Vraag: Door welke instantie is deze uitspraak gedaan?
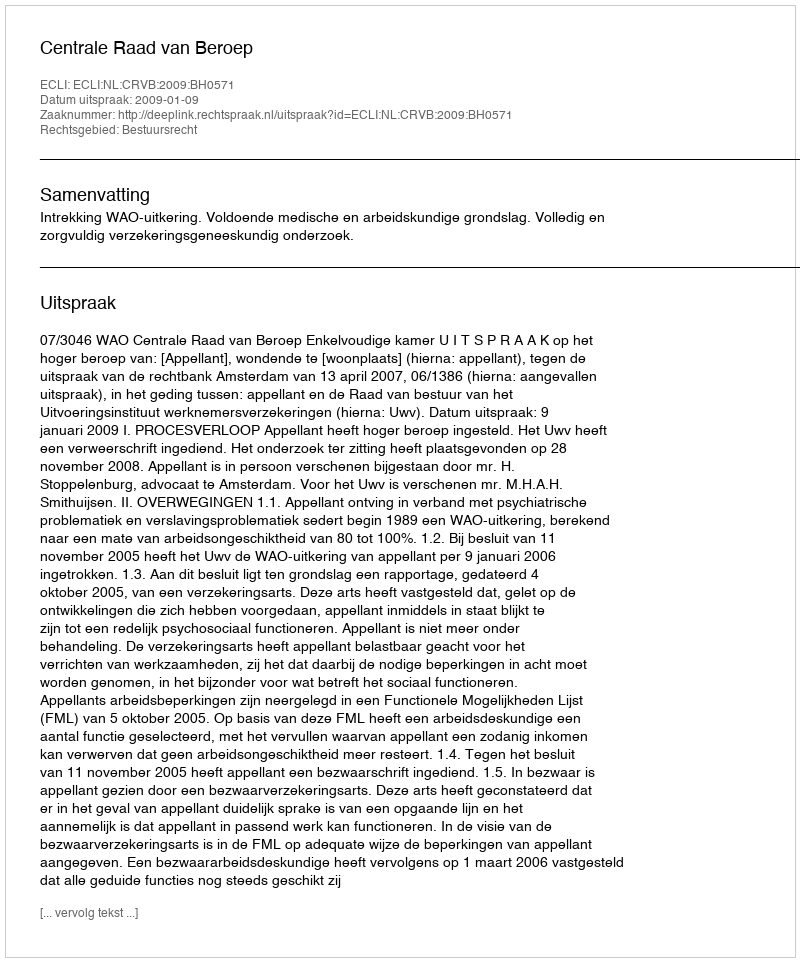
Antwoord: Centrale Raad van Beroep